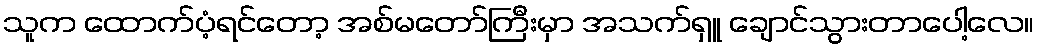
သူက ထောက်ပံ့ရင်တော့ အစ်မတော်ကြီးမှာ အသက်ရှူ ချောင်သွားတာပေါ့လေ။